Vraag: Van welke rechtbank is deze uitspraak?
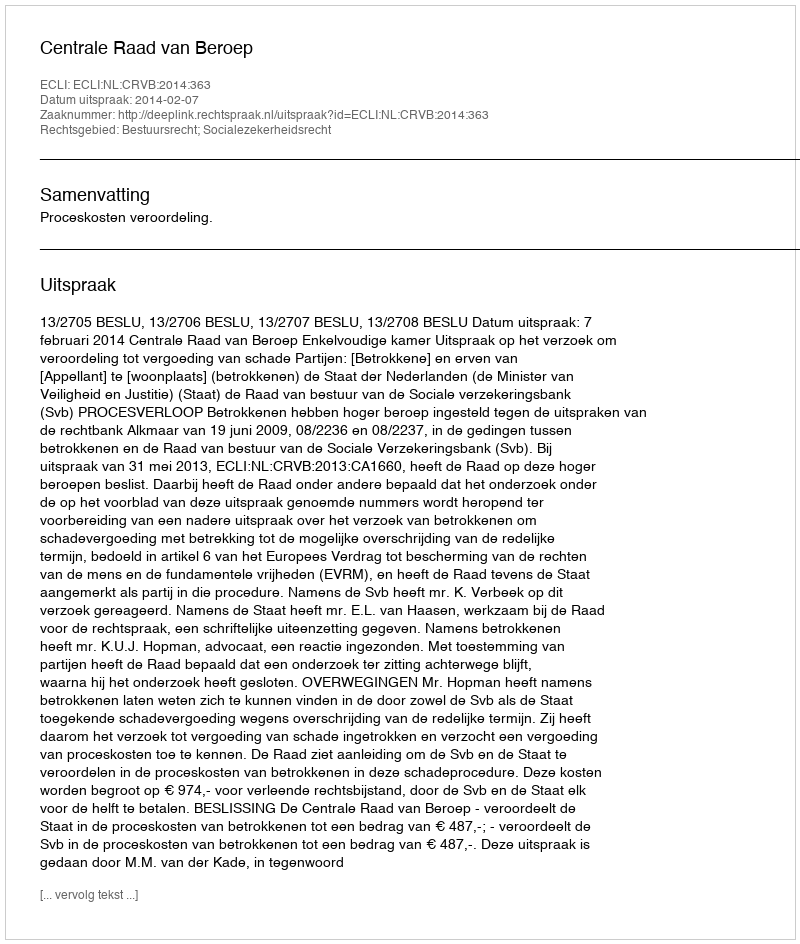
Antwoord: Centrale Raad van Beroep